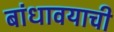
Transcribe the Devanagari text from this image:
बांधावयाची